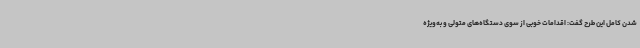
شدن کامل این طرح گفت: اقدامات خوبی از سوی دستگاه‌های متولی و به‌ویژه